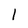
Character: l